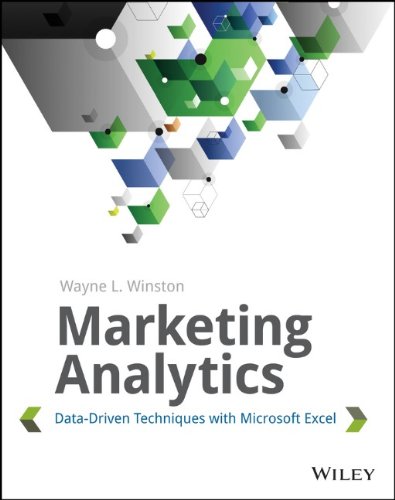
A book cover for Marketing Analytics: Data-Driven Techniques with Microsoft Excel; Wayne L. Winston; Computers & Technology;